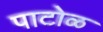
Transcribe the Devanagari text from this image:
पाटोळ